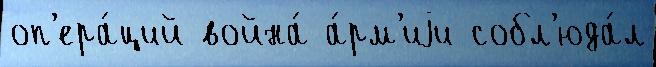
оп'ера́ций война́ а́рм'иjи собл'юда́л